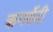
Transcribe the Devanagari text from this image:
ऋगर्वेदी